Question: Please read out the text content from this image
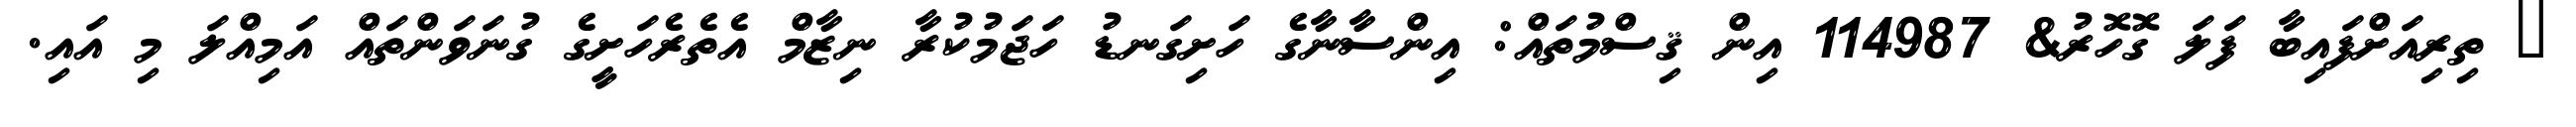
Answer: ? ތިރިއަށްފައިބާ ފަލަ ގޮހޮރު& 114987 އިން ޤިސްމުތައް: އިންސާނާގެ ހަށިގަނޑު ހަޖަމުކުރާ ނިޒާމް އެތެރެހަށީގެ ގުނަވަންތައް އަމިއްލަ މި އައި.